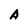
Character: A